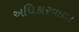
અધિકારવાળા